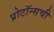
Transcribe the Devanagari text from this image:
प्रोटॉन्सची